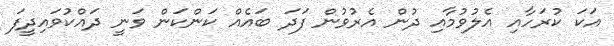
އަކަ ކުރަހާއި އެލުވުމާއި ދުން އެރުވުން ފަދަ ބައެއް ކަންކަން ވަނީ ދައްކުވައިދީފަ